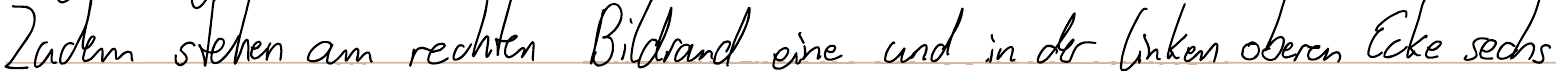
Zudem stehen am rechten Bildrand eine und in der linken oberen Ecke sechs